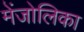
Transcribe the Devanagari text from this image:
मेंजोलिका